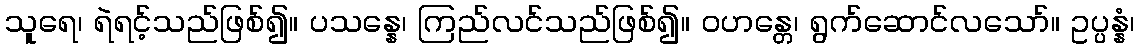
သူရေ၊ ရဲရင့်သည်ဖြစ်၍။ ပသန္နေ၊ ကြည်လင်သည်ဖြစ်၍။ ဝဟန္တေ၊ ရွက်ဆောင်လသော်။ ဥပ္ပန္နံ၊